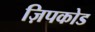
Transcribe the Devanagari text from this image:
ज़िपकोड